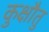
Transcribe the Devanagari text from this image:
कुक्षौतु